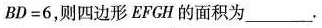
$$B D = 6$$，则四边形EFCH的面积为